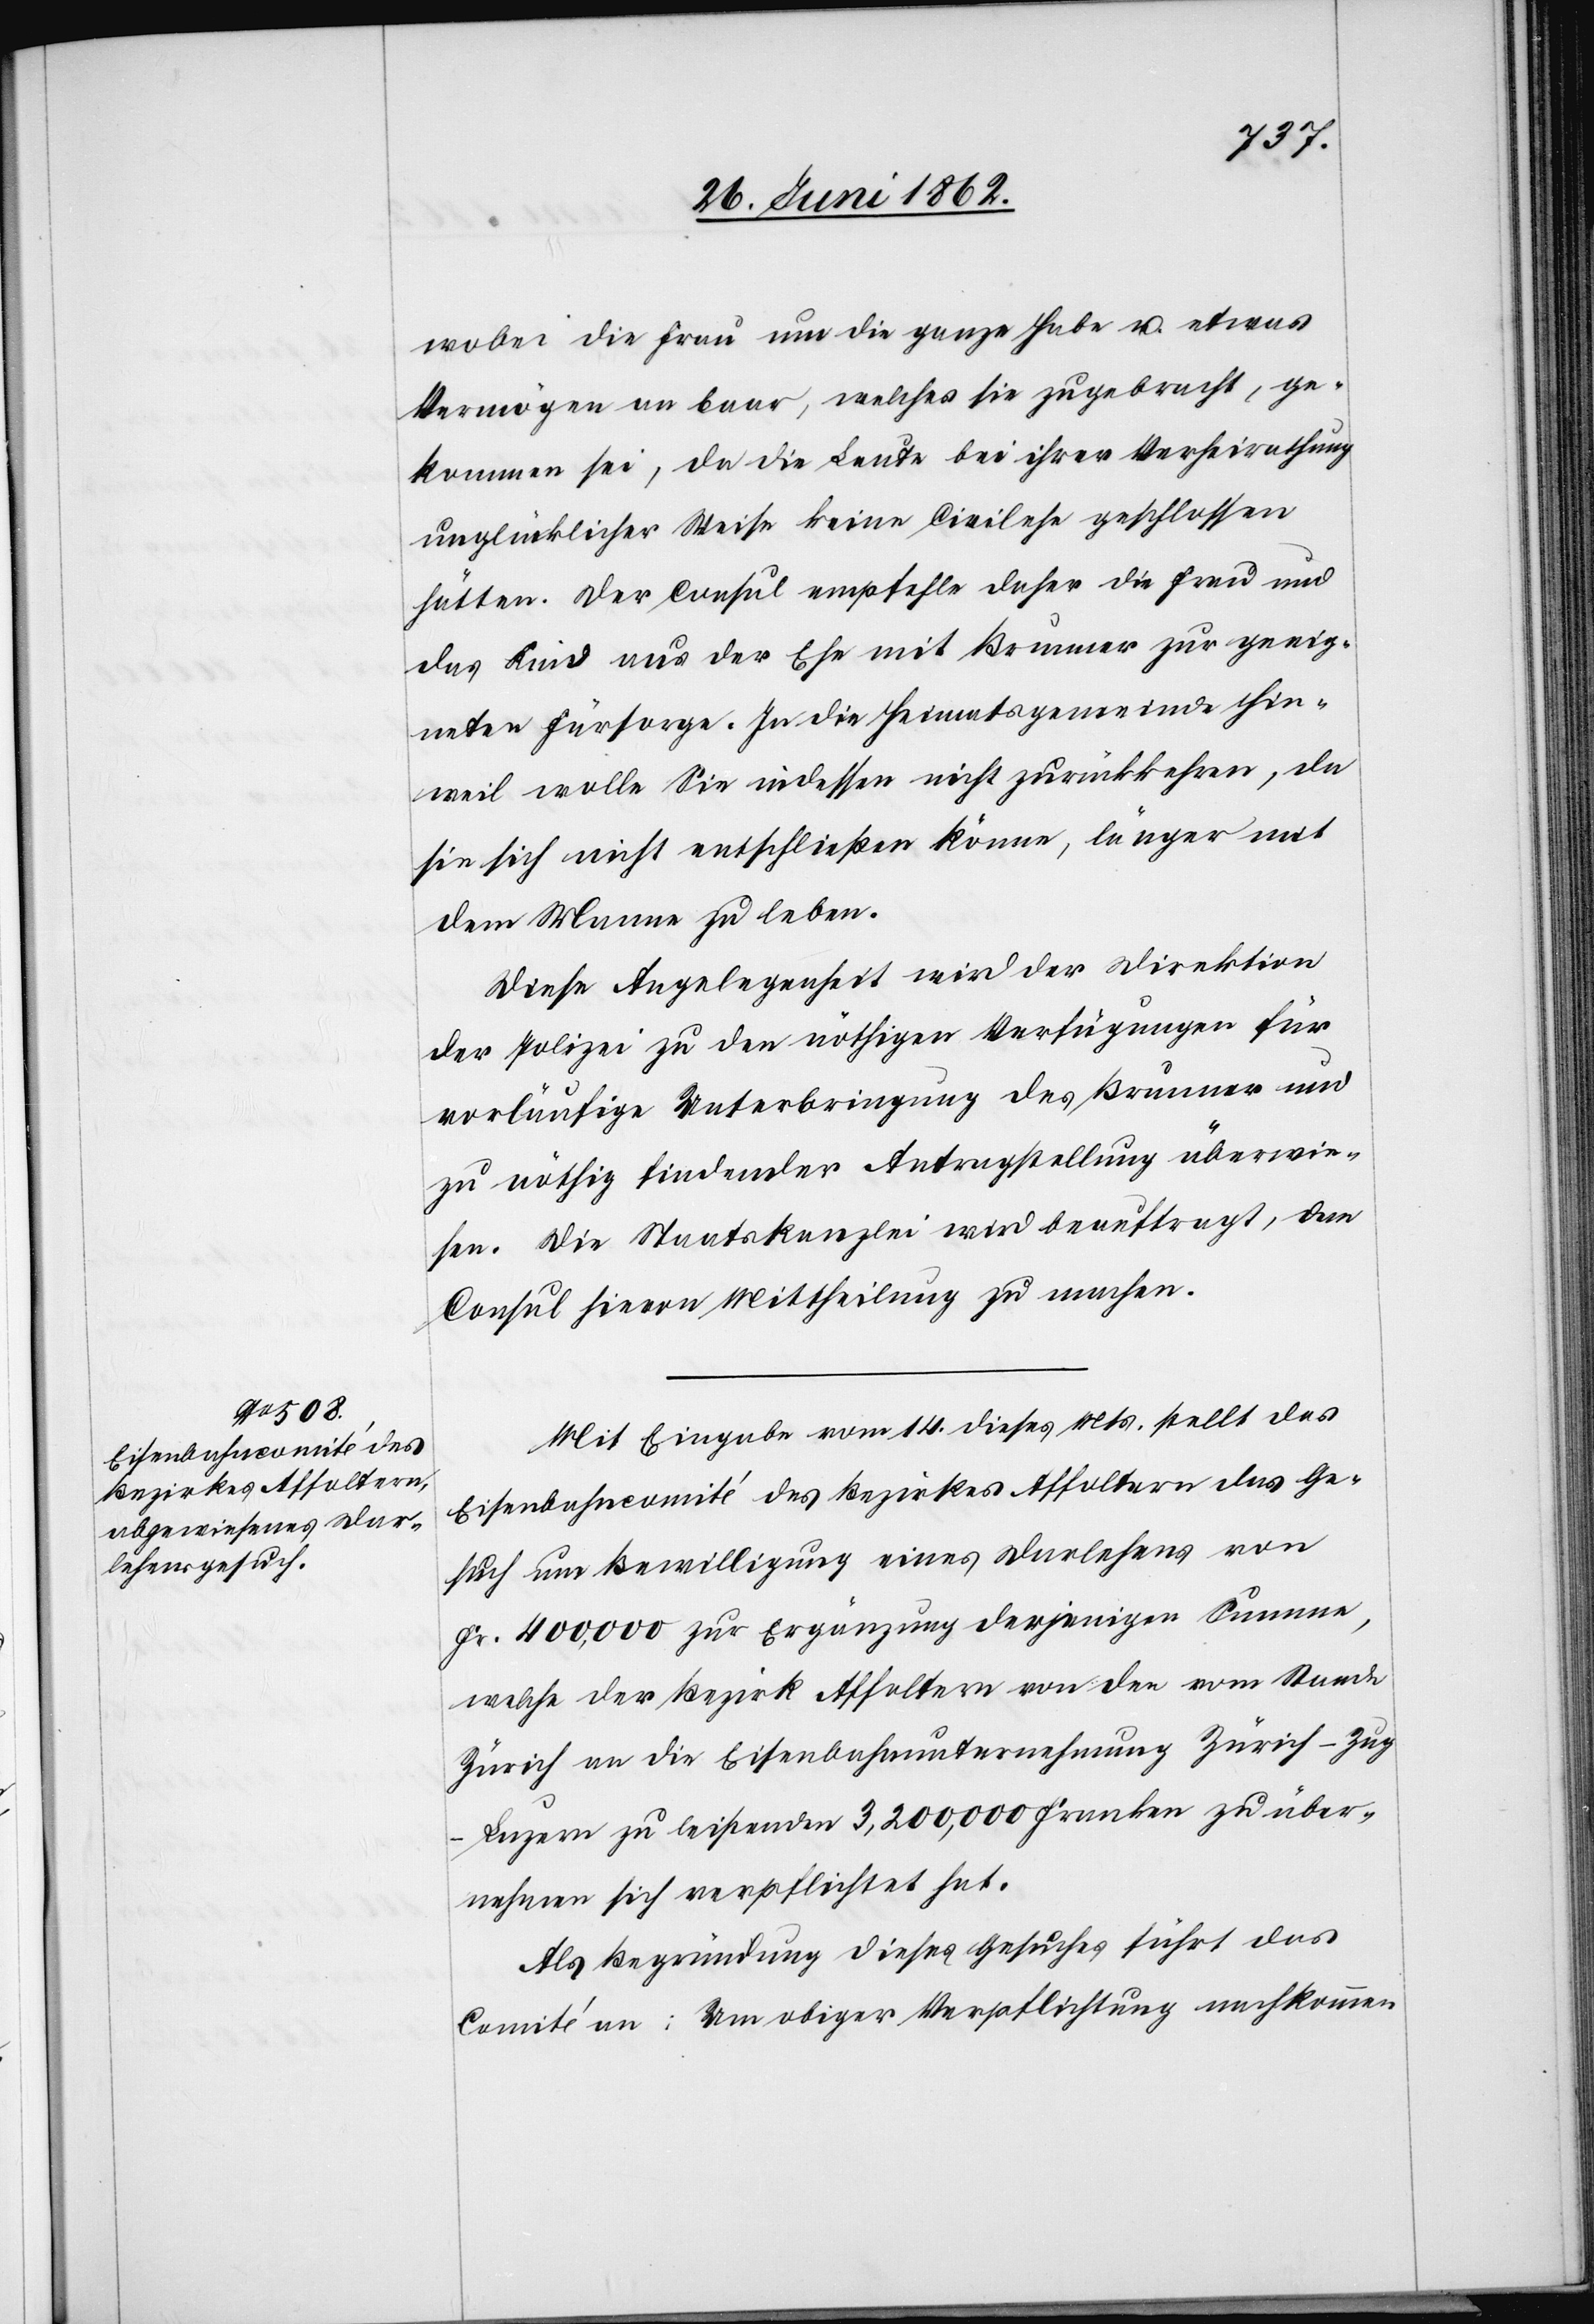
wobei die Frau um die ganze Habe u. etwas
Vermögen an baar, welches sie zugebracht, ge¬
kommen sei, da die Leute bei ihrer Verheirathung
unglücklicher Weise keine Civilehe geschlossen
hätten. Der Consul empfehle daher die Frau und
das Kind aus der Ehe mit Brunner zur geeig¬
neten Fürsorge. In die Heimatsgemeinde Hin¬
weil wolle Sie indessen nicht zurückkehren, da
sie sich nicht entschließen könne, länger mit
dem Manne zu leben.
Diese Angelegenheit wird der Direktion
der Polizei zu den nöthigen Verfügungen für
vorläufige Unterbringung des Brunner und
zu nöthig findender Antragstellung überwie¬
sen. Die Staatskanzlei wird beauftragt, dem
Consul hievon Mittheilung zu machen.
Mit Eingabe vom 14. dieses Mts. stellt das
Eisenbahncomité des Bezirkes Affoltern das Ge¬
such um Bewilligung eines Darlehens von
Fr. 4000,000 zur Ergänzung derjenigen Summe,
welche der Bezirk Affoltern von den vom Stande
Zürich an die Eisenbahnunternehmung Zürich–Zu¬
g–Luzern zu leistenden 3,200,000 Franken zu über¬
nehmen sich verpflichtet hat.
Als Begründung dieses Gesuches führt das
Comité an: Um obiger Verpflichtung nachkommen